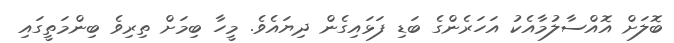
ބޮލަށް އޮއްސާލުމާއެކު އަހަރެންގެ ބަޑި ފަޅައިގެން ދިޔައެވެ. މީހާ ބިމަށް ތިރިވެ ބިންމަތީގައި